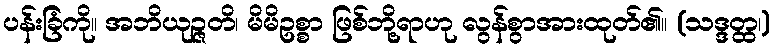
ပန်းခြံကို။ အဘိယုဉ္ဇတိ၊ မိမိဥစ္စာ ဖြစ်ဘို့ရာဟု လွန်စွာအားထုတ်၏။ (သဒ္ဒတ္ထ၊)